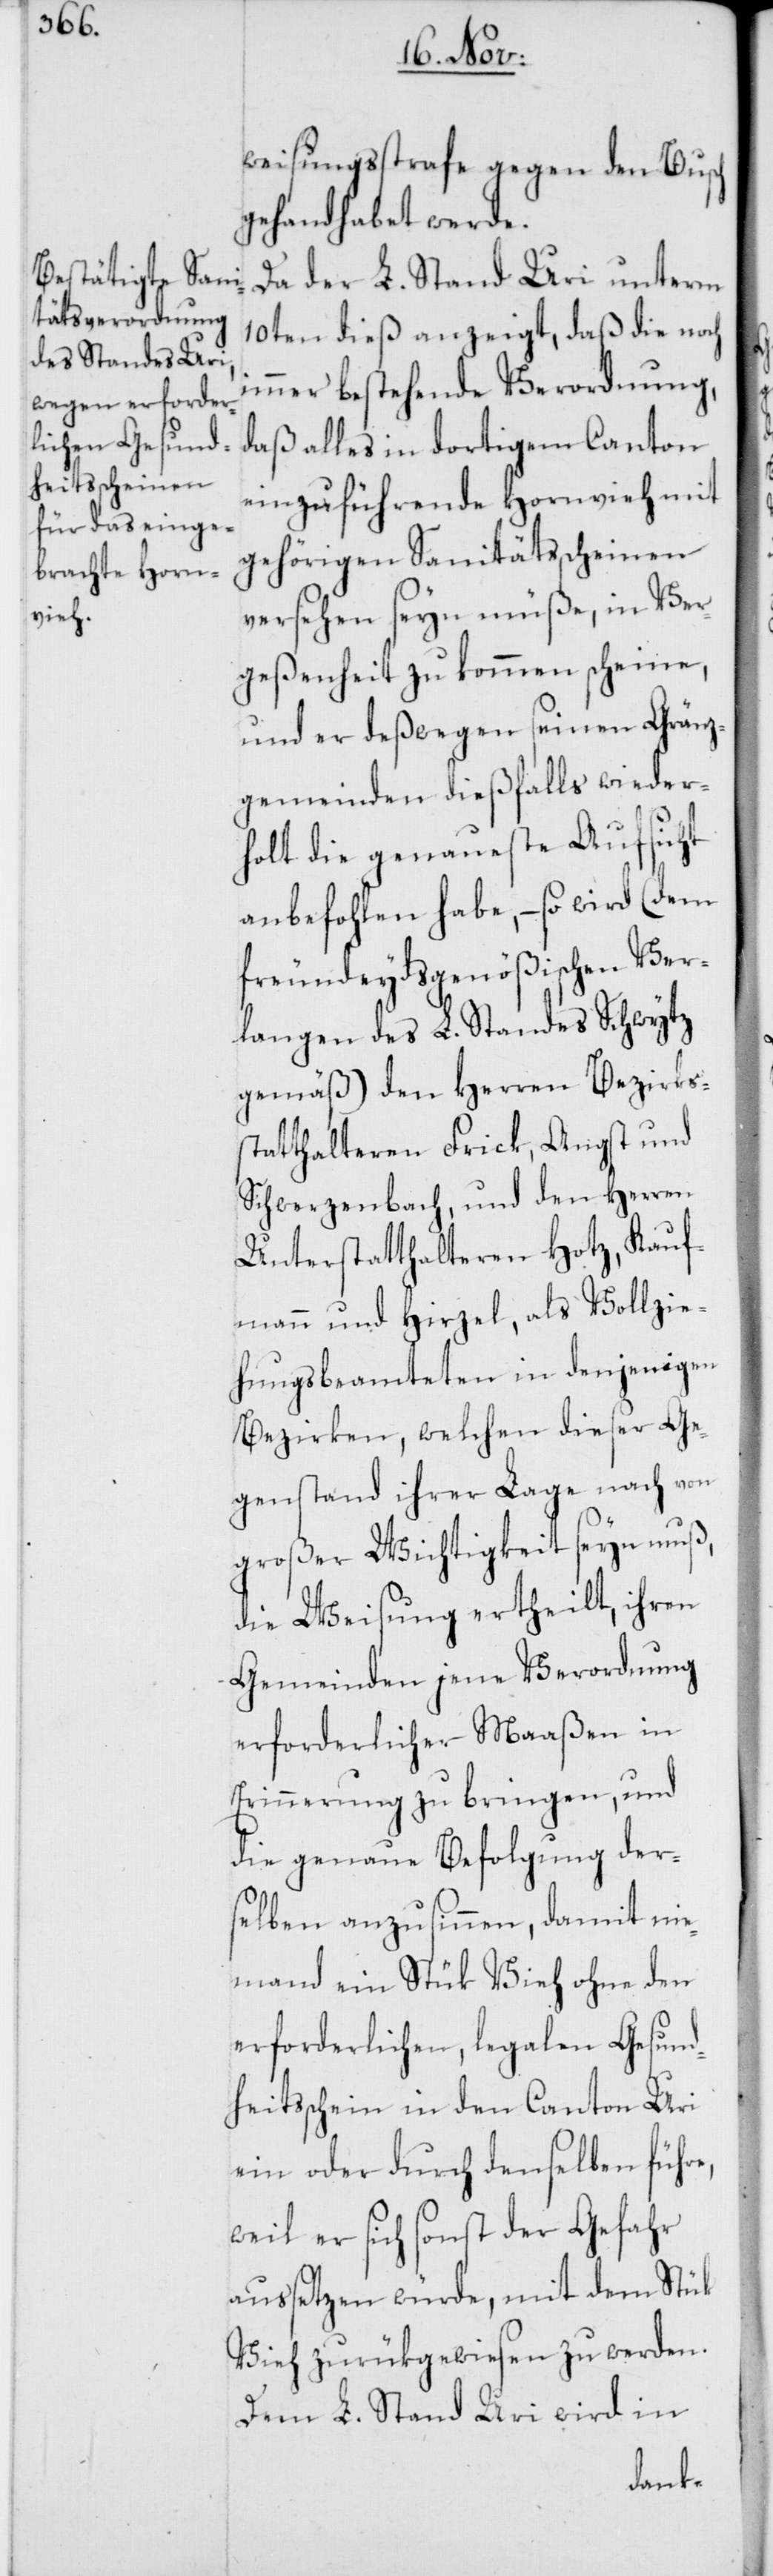
weisungsstrafe gegen den Busch
gehandhabet werde.
Da der L. Stand Uri unterm
10ten dieß anzeigt, daß die noch
immer bestehende Verordnung,
daß alles in dortigem Canton
einzuführende Hornvieh mit
gehörigen Sanitätsscheinen
versehen seyn müße, in Ver¬
geßenheit zu kommen scheine,
und er deswegen seinen Gränz¬
gemeinden dießfalls wieder¬
holt die genaueste Aufsicht
anbefohlen habe, – so wird (dem
freundeydsgenößischen Ver¬
langen des L. Standes Schwytz
gemäß) den Herren Bezirkss¬
tatthalteren Frick, Angst und
Schwerzenbach, und den Herren
Unterstatthalteren Hotz, Kauf¬
mann und Hirzel, als Vollzie¬
hungsbeamteten in denjenigen
Bezirken, welchen dieser Ge¬
genstand ihrer Lage nach von
großer Wichtigkeit seyn muß,
die Weisung ertheilt, ihren
Gemeinden jene Verordnung
erforderlicher Maaßen in
Erinnerung zu bringen, und
die genaue Befolgung der¬
selben anzusinnen, damit nie¬
mand ein Stük Vieh ohne den
erforderlichen, legalen Gesund¬
heitsschein in den Canton Uri
ein oder durch denselben führe,
weil er sich sonst der Gefahr
aussetzen würde, mit dem Stük
Vieh zurükgewiesen zu werden.
Dem L. Stand Uri wird in